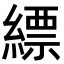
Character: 縹